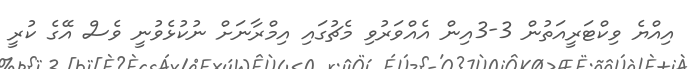
އިއްޔެ ވިކްޓަރީއަތުން 3-3އިން އެއްވަރުވި މެޗުގައި އިމްރާނަށް ނުކުޅެވުނީ ވެސް އޭގެ ކުރީ